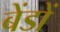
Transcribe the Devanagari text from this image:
बेंडों